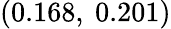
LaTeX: (0.168,\ 0.201)